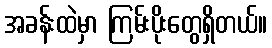
အခန်းထဲမှာ ကြမ်းပိုးတွေရှိတယ်။